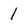
Character: 1